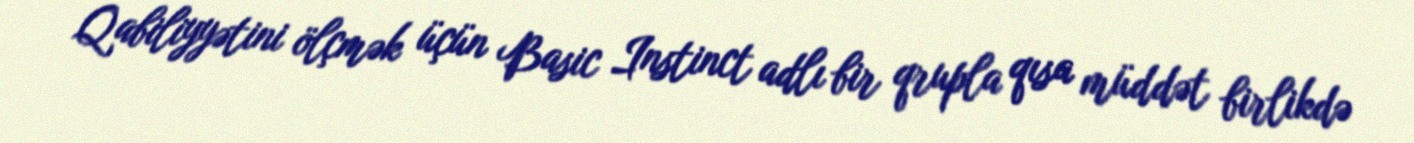
Qabiliyyətini ölçmək üçün Basic Instinct adlı bir qrupla qısa müddət birlikdə